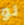
لو